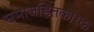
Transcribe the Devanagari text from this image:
समाजहितकारक